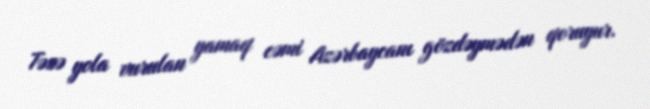
Təzə yola vurulan yamaq cəmi Azərbaycanı gözdəymədən qoruyur.